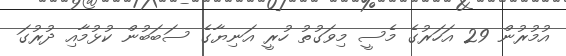
އުމުރުން 29 އަހަރުގެ މެސީ މިވަގުތު ހުރީ އަނިޔާގެ ސަބަބުން ކުޅުމާއި ދުރުގަ